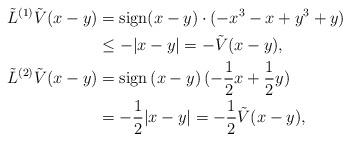
LaTeX: \begin{align*}\tilde L^{(1)}\tilde V( x-y )&= {\rm sign} (x-y) \cdot( -x^3 -x + y^3 +y) \\& \leq - |x-y|= -\tilde V( x -y),\\\tilde L^{(2)}\tilde V( x-y )&= {\rm sign} \left(x-y\right)(-\frac{1}{2} x +\frac{1}{2} y) \\&=-\frac{1}{2}|x-y|=-\frac{1}{2}\tilde V(x-y),\end{align*}